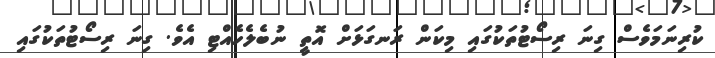
ކުރިނަމަވެސް ގިނަ ރިސޯޓުތަކުގައި މިކަން ރަނގަޅަށް އޮތީ ނުބެލެހެއްޓި އެވެ. ގިނަ ރިސޯޓުތަކުގައި